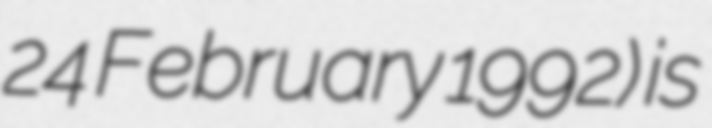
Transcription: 24 February 1992) is